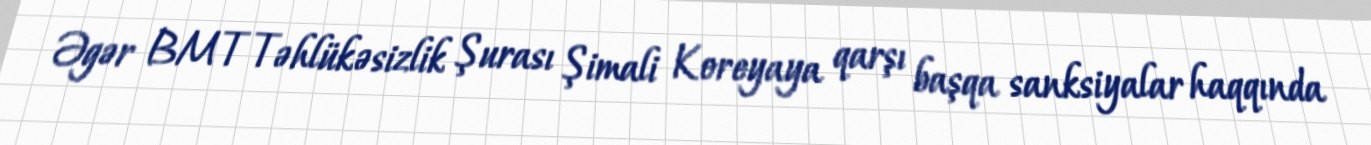
Əgər BMT Təhlükəsizlik Şurası Şimali Koreyaya qarşı başqa sanksiyalar haqqında